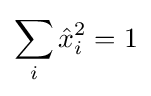
\sum _{i}{\hat {x}}_{i}^{2}=1